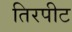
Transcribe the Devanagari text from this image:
तिरपीट